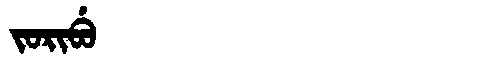
Manchu: ᠵᠣᡵᡳᠪᡠ
Romanization: JORIBU